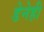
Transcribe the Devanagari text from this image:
डेनेही